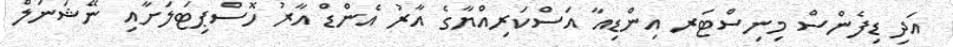
އަދި ޑިފެންސް މިނިސްޓަރ އިންޑިއާ އަސްކަރިއްޔާގެ އާރު އެންޑް އާރު ހޮސްޕިޓަލަށާއި ނޭޝަނަލް